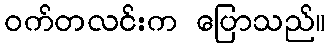
ဝက်တလင်းက ပြောသည်။